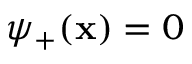
\psi _ { + } ( \mathbf { x } ) = 0